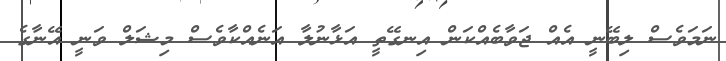
ނަމަވެސް ލިބޭނީ އެއް ޖަވާބެއްކަން އިނގޭތީ އަޅާނުލާ އަނެއްކާވެސް މިޝަލް ވަނީ އޭނާގެ